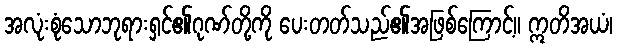
အလုံးစုံသောဘုရားရှင်၏ဂုဏ်တို့ကို ပေးတတ်သည်၏အဖြစ်ကြောင့်။ ဣတိအယံ၊